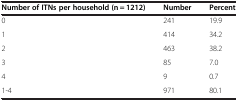
<table><thead><tr><td><b>Number of ITNs per household (n = 1212)</b></td><td><b>Number</b></td><td><b>Percent</b></td></tr></thead><tbody><tr><td>0</td><td>241</td><td>19.9</td></tr><tr><td>1</td><td>414</td><td>34.2</td></tr><tr><td>2</td><td>463</td><td>38.2</td></tr><tr><td>3</td><td>85</td><td>7.0</td></tr><tr><td>4</td><td>9</td><td>0.7</td></tr><tr><td>1-4</td><td>971</td><td>80.1</td></tr></tbody></table>